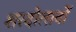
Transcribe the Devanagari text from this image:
शरदोत्सवों